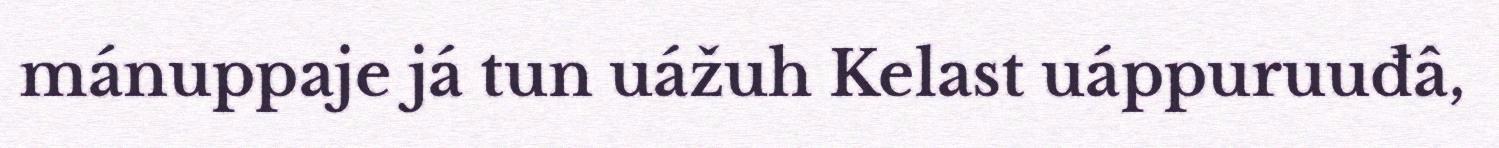
mánuppaje já tun uážuh Kelast uáppuruuđâ,